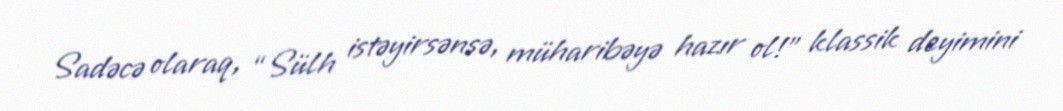
Sadəcə olaraq, “Sülh istəyirsənsə, müharibəyə hazır ol!” klassik deyimini